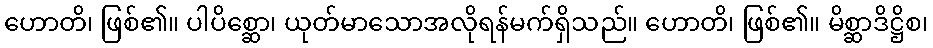
ဟောတိ၊ ဖြစ်၏။ ပါပိစ္ဆော၊ ယုတ်မာသောအလိုရန်မက်ရှိသည်။ ဟောတိ၊ ဖြစ်၏။ မိစ္ဆာဒိဋ္ဌိစ၊